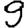
Digit: 9